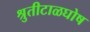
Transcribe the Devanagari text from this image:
श्रुतीटाळघोष